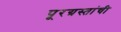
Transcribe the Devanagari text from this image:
पूरग्रस्तांची